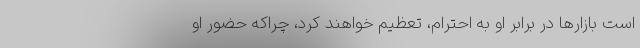
است بازارها در برابر او به احترام، تعظیم خواهند کرد، چراکه حضور او